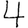
Digit: 4